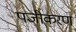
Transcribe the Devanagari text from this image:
पजीकरण